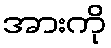
အားကို